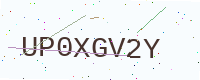
Text: UP0XGV2Y